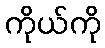
ကိုယ်ကို